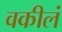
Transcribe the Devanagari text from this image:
वकीलं